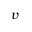
v